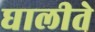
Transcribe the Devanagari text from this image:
घालीते